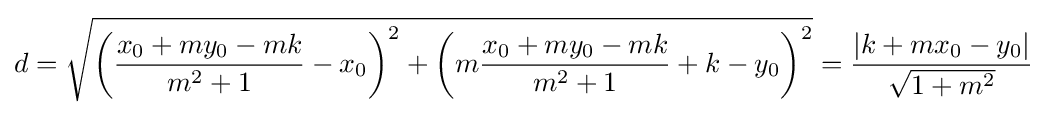
d={\sqrt {\left({{\frac {x_{0}+my_{0}-mk}{m^{2}+1}}-x_{0}}\right)^{2}+\left({m{\frac {x_{0}+my_{0}-mk}{m^{2}+1}}+k-y_{0}}\right)^{2}}}={\frac {|k+mx_{0}-y_{0}|}{\sqrt {1+m^{2}}}}